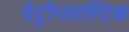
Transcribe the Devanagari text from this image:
पेट्रोप्लास्टिक